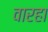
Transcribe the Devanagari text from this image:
वारहा